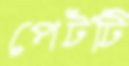
পেটটি